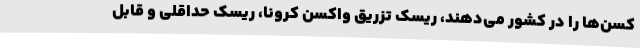
کسن‌ها را در کشور می‌دهند، ریسک تزریق واکسن کرونا، ریسک حداقلی و قابل